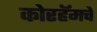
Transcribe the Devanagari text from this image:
कोरहॅमचे